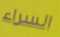
السراء